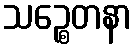
သဉ္စေတနာ